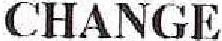
CHANGE